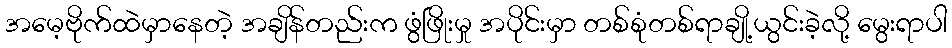
အမေ့ဗိုက်ထဲမှာနေတဲ့ အချိန်တည်းက ဖွံဖြိုးမှု အပိုင်းမှာ တစ်စုံတစ်ရာချို့ယွင်းခဲ့လို့ မွေးရာပါ